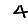
Digit: 4